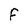
Character: F